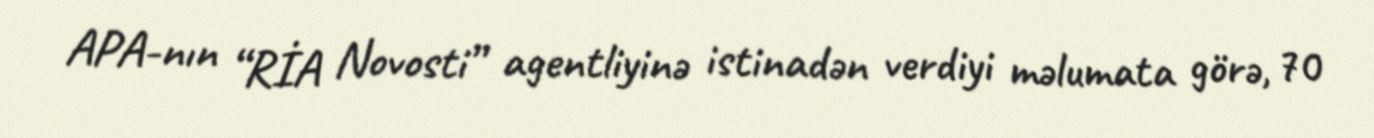
APA-nın “RİA Novosti” agentliyinə istinadən verdiyi məlumata görə, 70